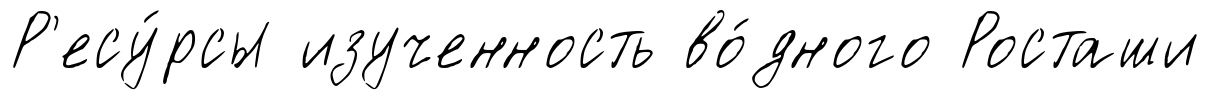
Р'есу́рсы изученность во́дного Росташи